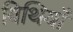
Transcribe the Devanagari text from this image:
विथियाँ